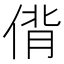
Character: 偝